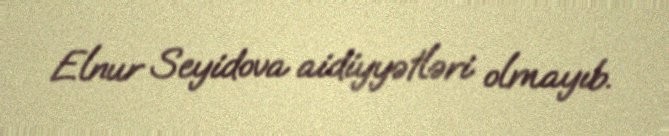
Elnur Seyidova aidiyyətləri olmayıb.